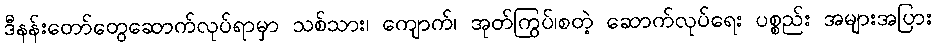
ဒီနန်းတော်တွေဆောက်လုပ်ရာမှာ သစ်သား၊ ကျောက်၊ အုတ်ကြွပ်၊စတဲ့ ဆောက်လုပ်ရေး ပစ္စည်း အများအပြား